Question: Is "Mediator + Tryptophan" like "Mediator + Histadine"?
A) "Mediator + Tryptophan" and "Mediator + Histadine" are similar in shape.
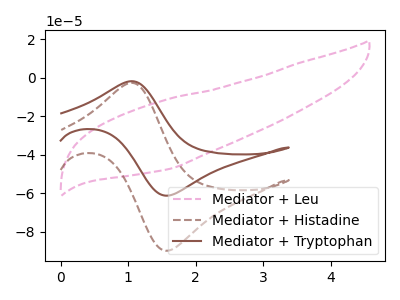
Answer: <think>The pink dashed curve "Mediator + Leu" has no peaks. The brown dashed curve "Mediator + Histadine" has an anodic peak at (1.05V, -2.70uA) and a cathodic peak at (1.60V, -89.75uA). The brown curve "Mediator + Tryptophan" has an anodic peak at (1.05V, -1.85uA) and a cathodic peak at (1.60V, -61.20uA).
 All the peaks in "Mediator + Tryptophan" have a peak in "Mediator + Histadine" at the same potential.</think>
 <answer>A) "Mediator + Tryptophan" and "Mediator + Histadine" are similar in shape.</answer>
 <eval>A</eval>